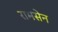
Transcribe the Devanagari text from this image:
रामसेन